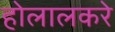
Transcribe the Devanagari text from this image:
होलालकरे